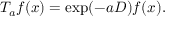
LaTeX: T _ { a } f ( x ) = \exp ( - a D ) f ( x ) .